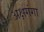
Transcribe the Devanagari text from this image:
अक्षगंगा